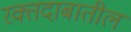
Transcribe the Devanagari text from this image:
रक्तदाबातील